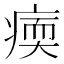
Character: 𤸂